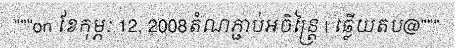
"""on ខែកុម្ភៈ 12, 2008តំណភ្ជាប់អចិន្ត្រៃ | ឆ្លើយតប@"""